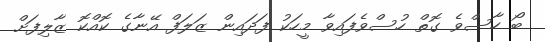
ބޯ ހާސްވެ ގޮތް ހުސްވެފައިވާ މީހަކު ފަދައިން ޒަލަފް އޭނާގެ ކޮއްކޮ ޒާލިފަށް